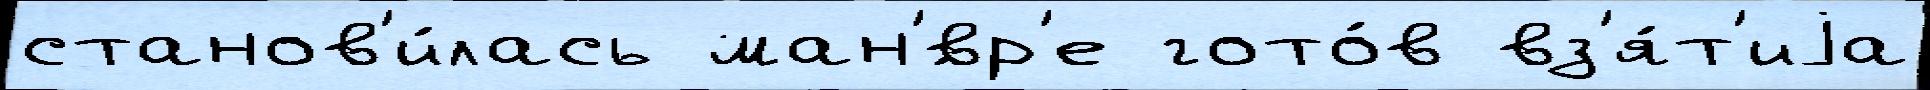
станов'и́лась ман'́вр'е гото́в вз'я́т'иjа